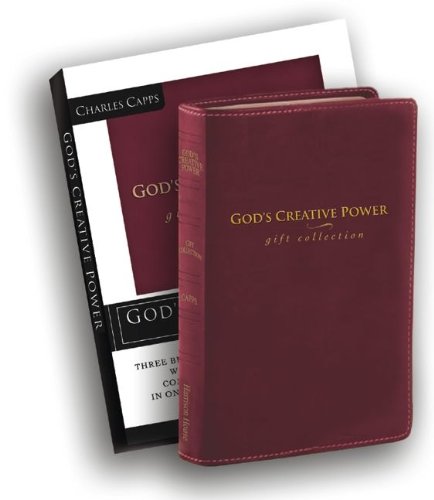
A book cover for God's Creative Power Gift Collection: God's Creative Power Will Work for You, God's Creative Power for Healing, God's Creative Power for Finances [BOX SET] (Leather Bound); Charles Capps; Religion & Spirituality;